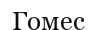
Гомес